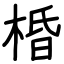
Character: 棔